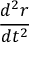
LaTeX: \frac { d ^ { 2 } { \boldsymbol { r } } } { d t ^ { 2 } }